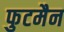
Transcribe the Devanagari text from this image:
फुटमैन